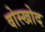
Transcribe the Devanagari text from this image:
वोस्खोद